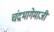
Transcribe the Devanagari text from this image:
चंद्रभागेमाजीं